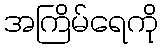
အကြိမ်ရေကို